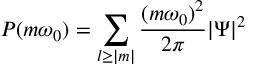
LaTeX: P ( m \omega _ { 0 } ) = \sum _ { l \geq | m | } \frac { ( m \omega _ { 0 } ) ^ { 2 } } { 2 \pi } | \Psi | ^ { 2 } \,